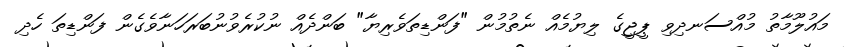
މައުލޫމާތު މުއްސަނދިވި ޕީޖީގެ ލިޔުމެއް ނެތުމުން "ފަންޑިތަވެރިޔާ" ބަންދެއް ނުކުރެވުނުބަރަހަނާވެގެން ފަންޑިތަ ހެދި